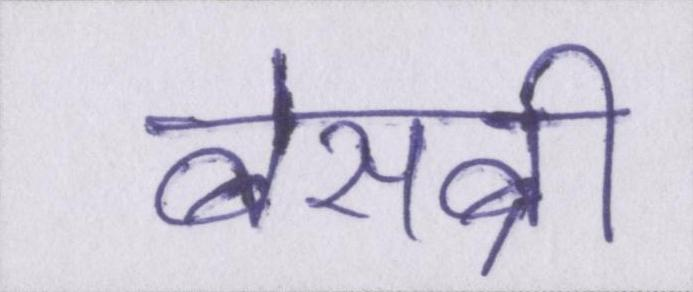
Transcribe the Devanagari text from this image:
बेसब्री